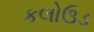
કલોઉડ